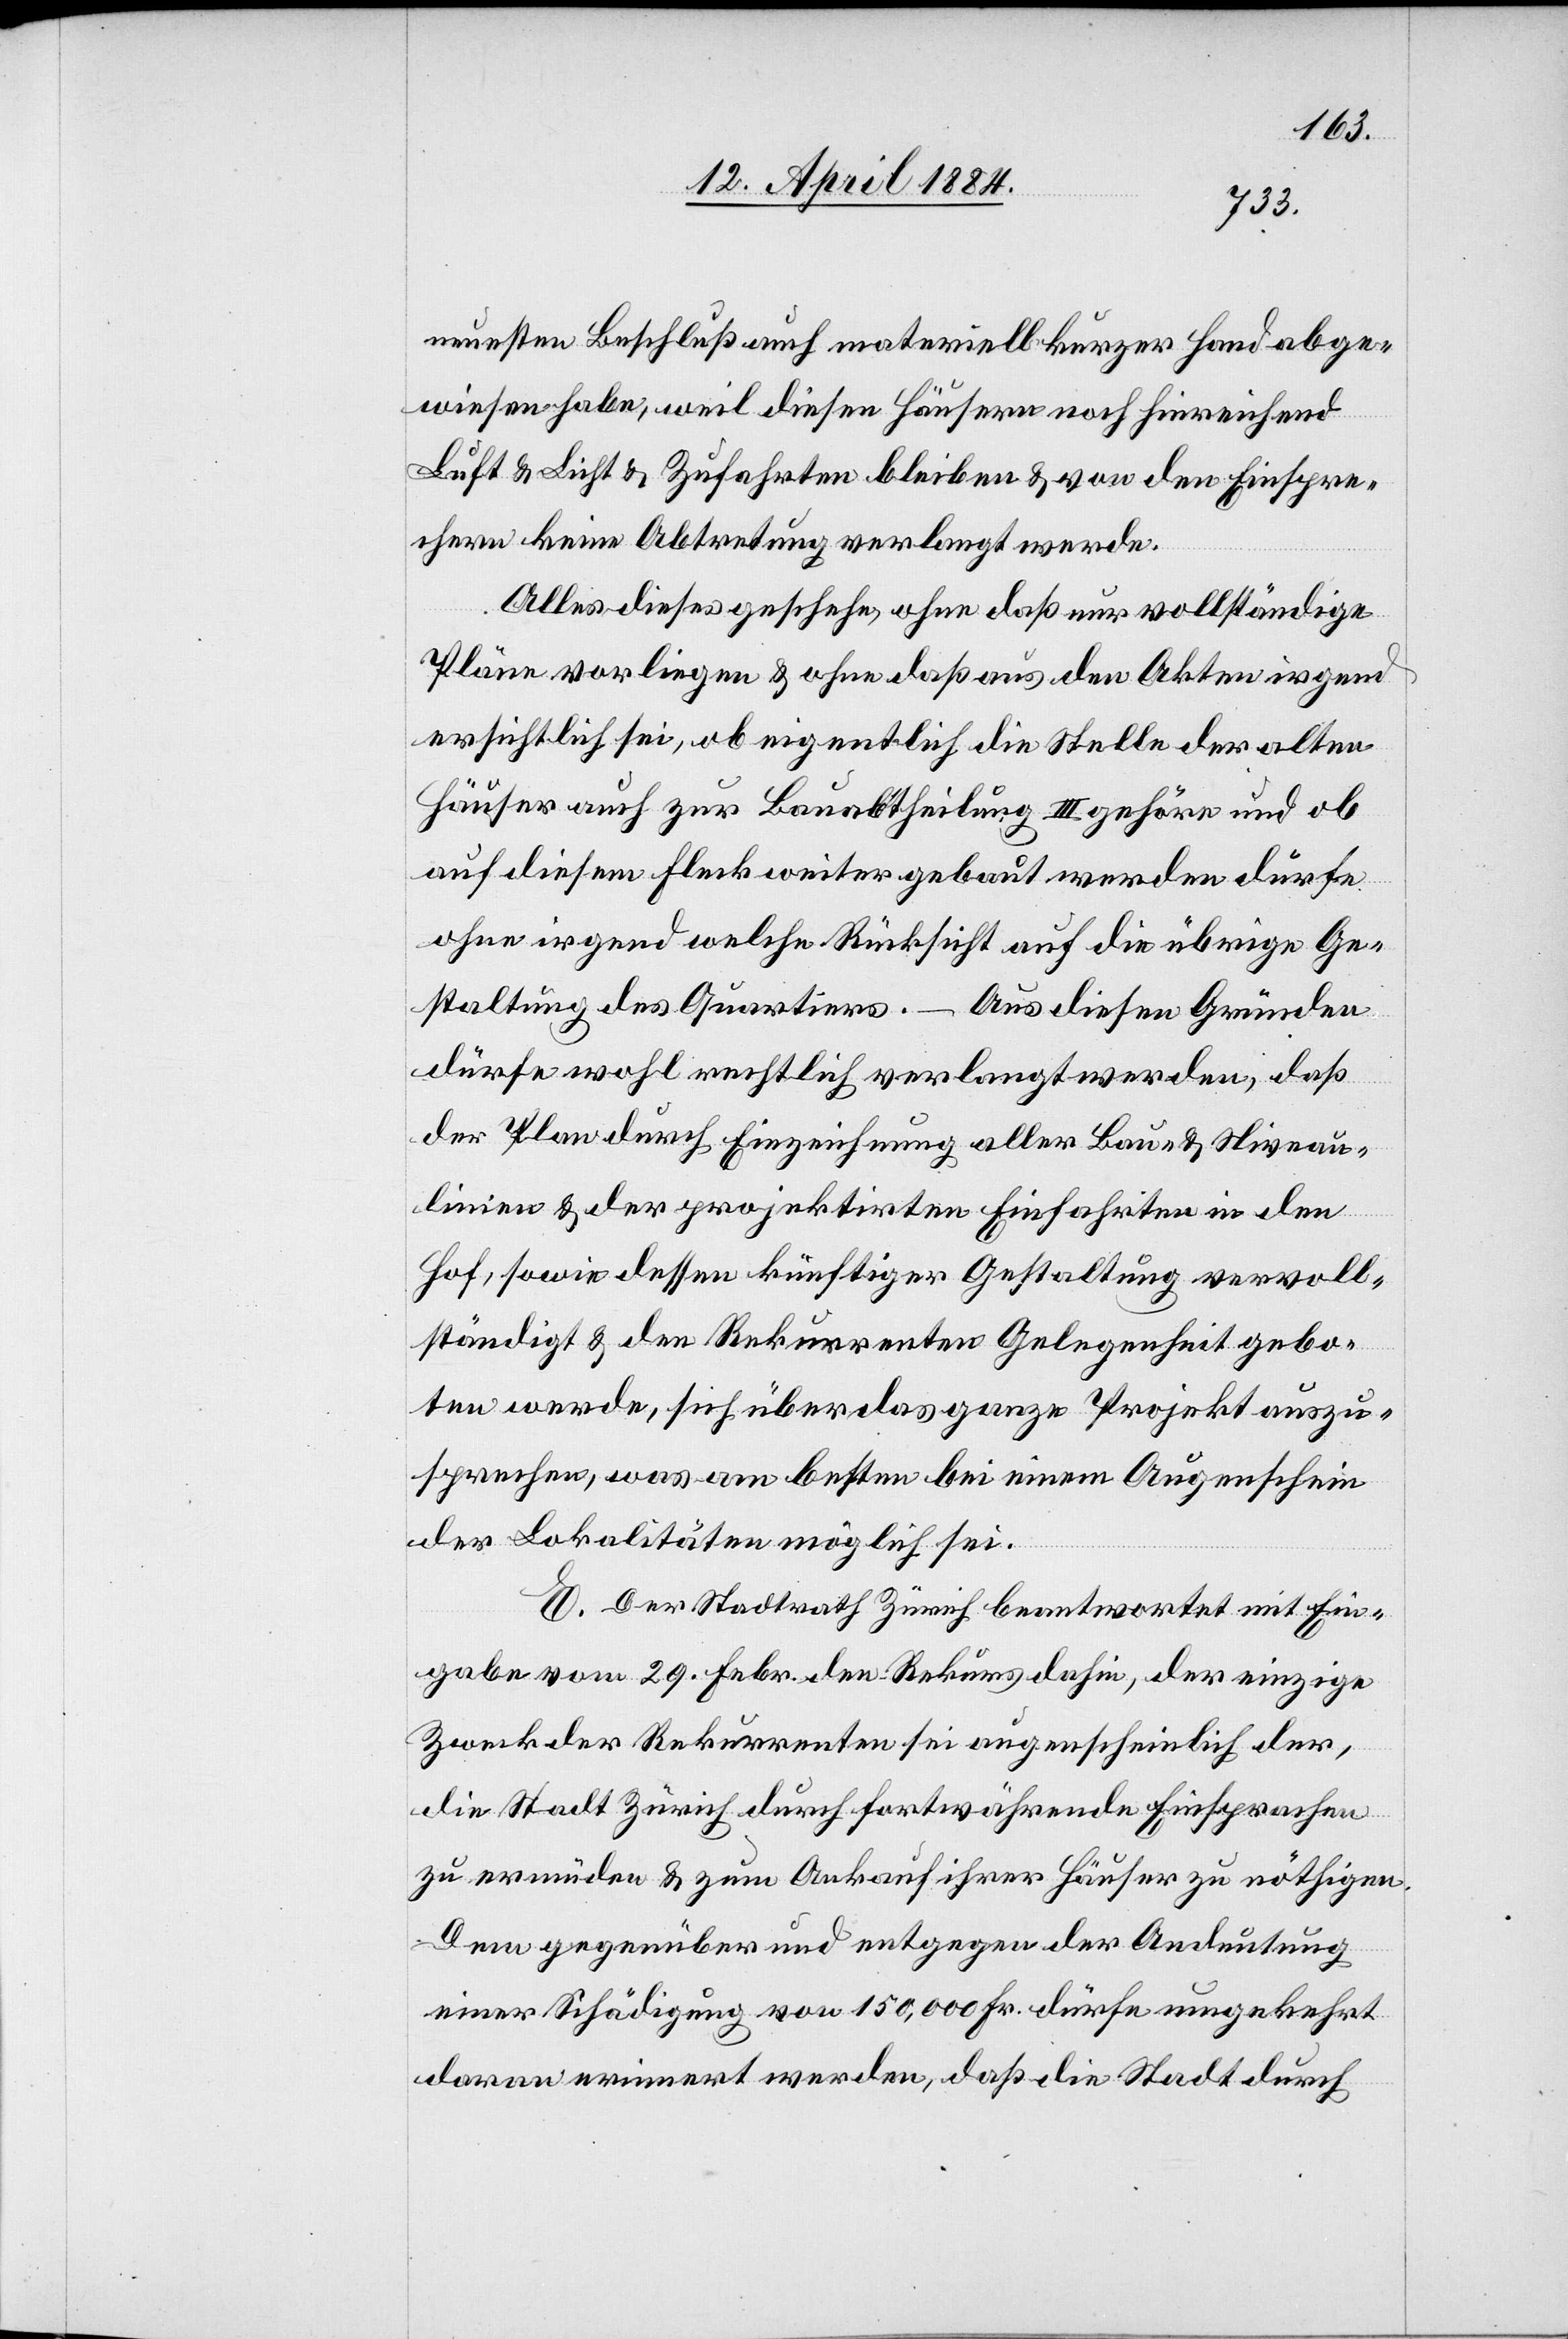
neuesten Beschluß auch materiell kurzer Hand abge¬
wiesen habe, weil diesen Häusern noch hinreichend
Luft & Licht & Zufahrten bleiben & von den Einspre¬
chern keine Abtretung verlangt werde.
Alles dieses geschehe, ohne daß nur vollständige
Pläne vorliegen & ohne daß aus den Akten irgend
ersichtlich sei, ob eigentlich die Stelle der alten
Häuser auch zur Bauabtheilung III gehöre und ob
auf diesem Fleck weiter gebaut werden dürfe
ohne irgend welche Rücksicht auf die übrige Ge¬
staltung des Quartiers. – Aus diesen Gründen
dürfe wohl rechtlich verlangt werden, daß
der Plan durch Einzeichnung aller Bau- & Niveau¬
linien & der projektirten Einfahrten in den
Hof, sowie dessen künftiger Gestaltung vervoll¬
ständigt & den Rekurrenten Gelegenheit gebo¬
ten werde, sich über das ganze Projekt auszu¬
sprechen, was am besten bei einem Augenschein
der Lokalitäten möglich sei.
E. Der Stadtrath Zürich beantwortet mit Ein¬
gabe vom 29. Febr. den Rekurs dahin, der einzige
Zweck der Rekurrenten sei augenscheinlich der,
die Stadt Zürich durch fortwährende Einsprachen
zu ermüden & zum Ankauf ihrer Häuser zu nöthigen.
Dem gegenüber und entgegen der Andeutung
einer Schädigung von 150,000 Fr. dürfe umgekehrt
daran erinnert werden, daß die Stadt durch